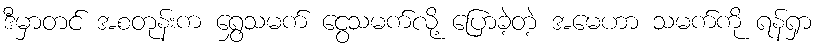
ဒီမှာတင် အစတုန်းက ရွှေသမက် ငွေသမက်လို့ ပြောခဲ့တဲ့ အမေဟာ သမက်ကို ရန်ရှာ